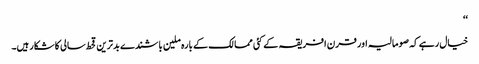
‘‘
خیال رہے کہ صومالیہ اور قرن افریقہ کے کئی ممالک کے بارہ ملین باشندے بدترین قحط سالی کا شکار ہیں۔